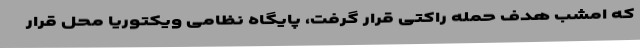
که امشب هدف حمله راکتی قرار گرفت، پایگاه نظامی ویکتوریا محل قرار